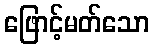
ဖြောင့်မတ်သော